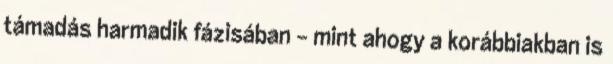
támadás harmadik fázisában - mint ahogy a korábbiakban is